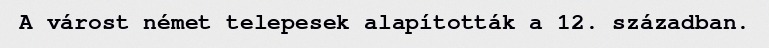
A várost német telepesek alapították a 12. században.